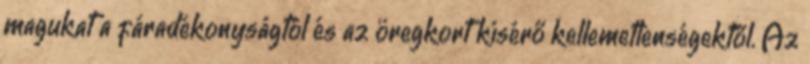
magukat a fáradékonyságtól és az öregkort kísérő kellemetlenségektől. Az